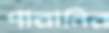
পারানির